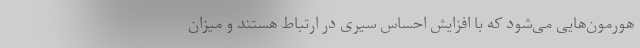
هورمون‌هایی می‌شود که با افزایش احساس سیری در ارتباط هستند و میزان